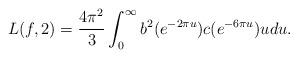
LaTeX: \begin{align*}L(f, 2) =\frac{4\pi^{2}}{3} \int_{0}^{\infty} b^{2}(e^{-2\pi u}) c(e^{-6\pi u}) u du.\end{align*}